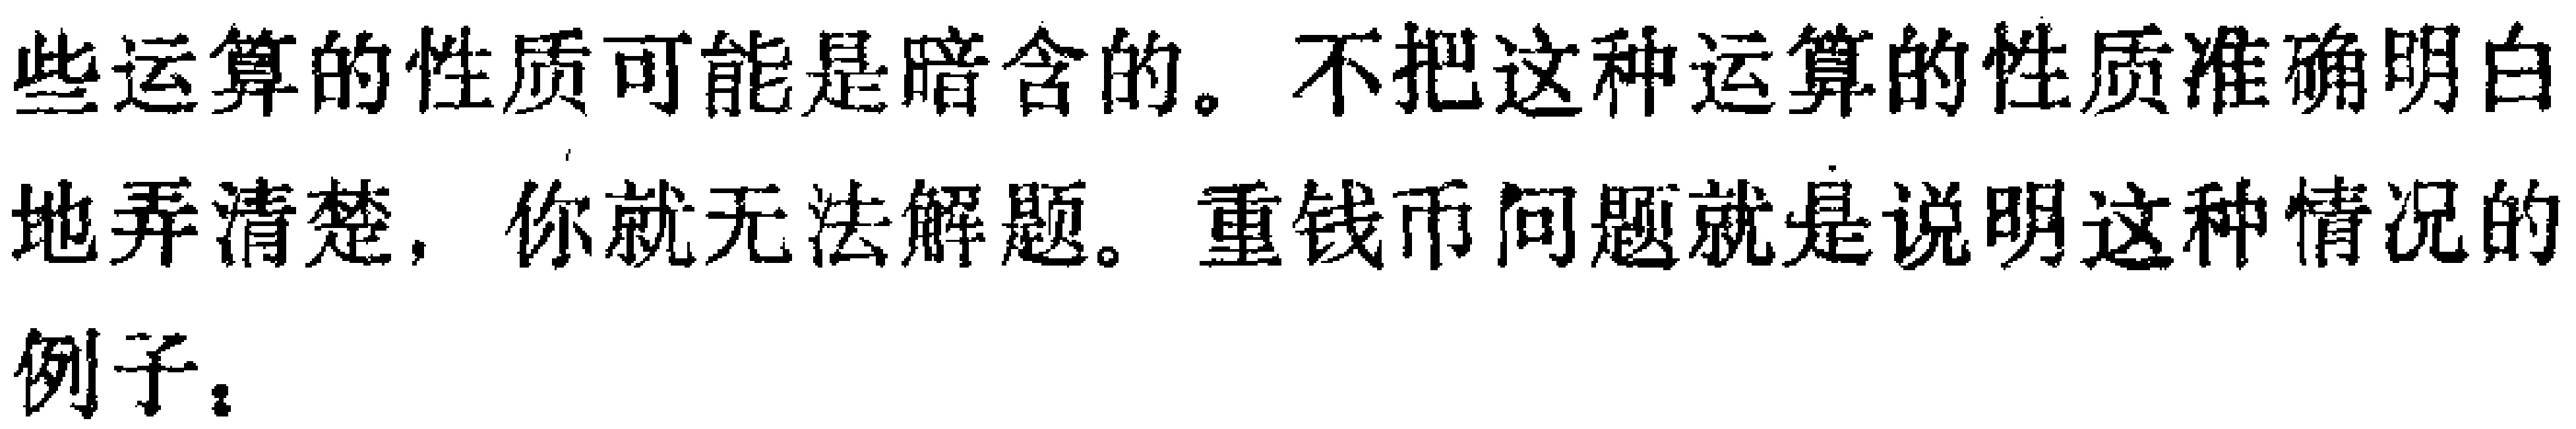
些运算的性质可能是暗含的。不把这种运算的性质准确明白地弄清楚，你就无法解题。重钱币问题就是说明这种情况的例子。